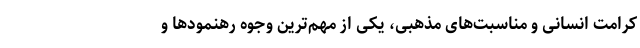
کرامت انسانی و مناسبت‌های مذهبی، یکی از مهم‌ترین وجوه رهنمودها و